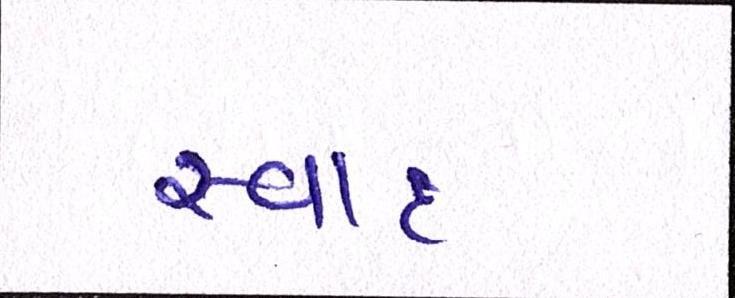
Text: સ્વાદ